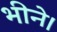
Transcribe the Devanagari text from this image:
भीने।